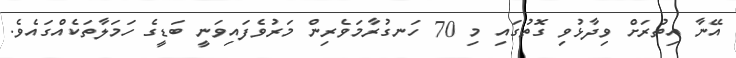
އޭނާ އިތުރަށް ވިދާޅުވި ގޮތުގައި މި 70 ހަނގުރާމަވެރިން މަރުވެފައިވަނީ ބަޑީގެ ހަމަލާތަކެއްގައެވެ.